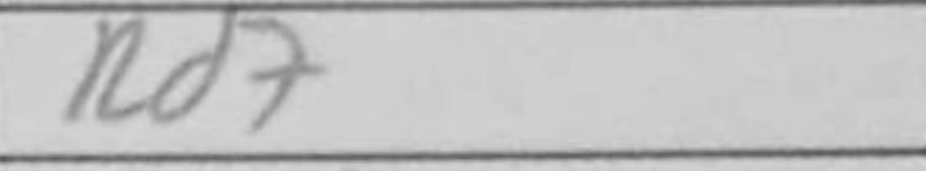
Transcription: Rd7